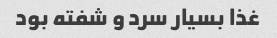
غذا بسیار سرد و شفته بود